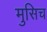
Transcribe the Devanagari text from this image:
मुसिच